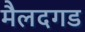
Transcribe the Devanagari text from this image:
मैलदगड